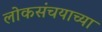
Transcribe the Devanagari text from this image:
लोकसंचयाच्या